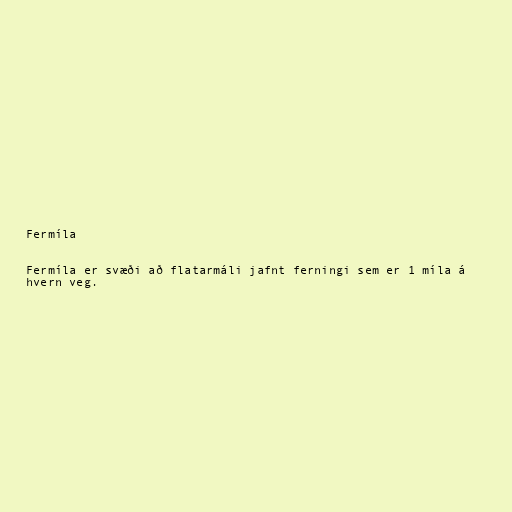
Fermíla

Fermíla er svæði að flatarmáli jafnt ferningi sem er 1 míla á
hvern veg.